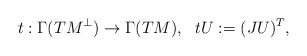
LaTeX: \begin{align*}t:\Gamma(TM^{\perp})\rightarrow \Gamma(TM), \ \ tU:=(J U)^T,\end{align*}